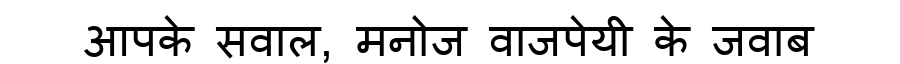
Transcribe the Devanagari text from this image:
आपके सवाल, मनोज वाजपेयी के जवाब